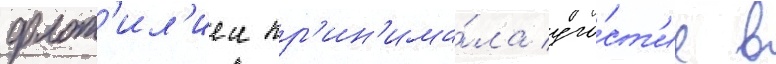
флот'ил'иеи пр'ин'има́ла уча́ст'ие в